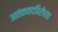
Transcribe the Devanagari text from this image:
आतंकवादविरोधात